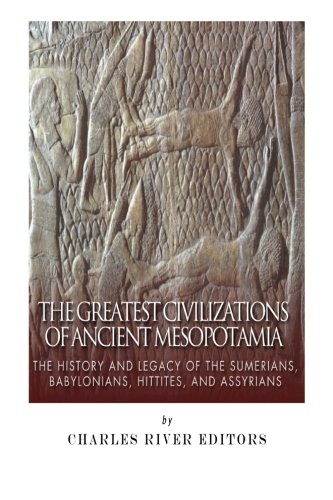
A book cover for The Greatest Civilizations of Ancient Mesopotamia: The History and Legacy of the Sumerians, Babylonians, Hittites, and Assyrians; Charles River Editors; History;